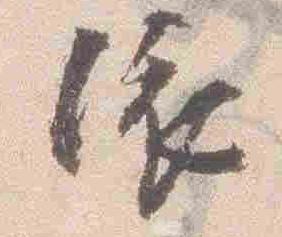
依